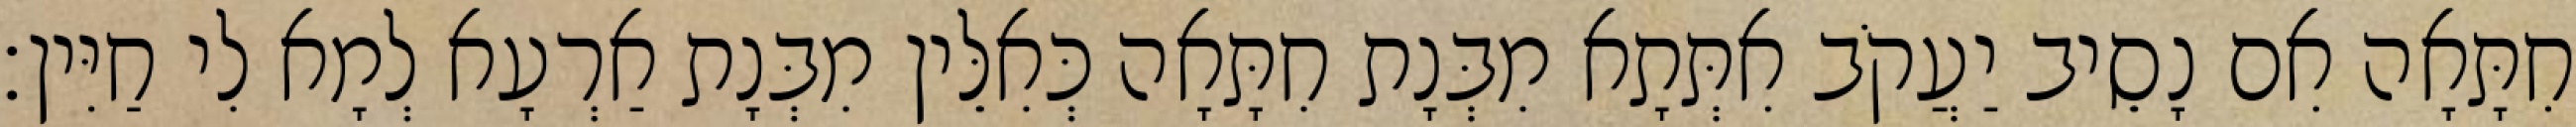
חִתָּאָה אִם נָסֵיב יַעֲקֹב אִתְּתָא מִבְּנָת חִתָּאָה כְּאִלֵּין מִבְּנָת אַרְעָא לְמָא לִי חַיִּין׃